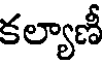
కల్యాణీ